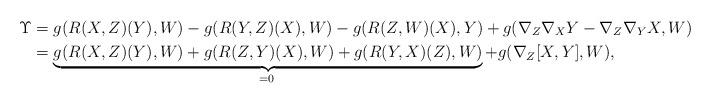
LaTeX: \begin{align*}\Upsilon & = g(R(X,Z)(Y), W) - g(R(Y,Z)(X), W) - g(R(Z,W)(X), Y) + g(\nabla_Z \nabla_X Y - \nabla_Z \nabla_Y X, W)\\ & = \underbrace{g(R(X,Z)(Y), W) + g(R(Z,Y)(X), W) + g(R(Y,X)(Z), W)}_{=0 \; } + g(\nabla_Z [X,Y], W),\end{align*}